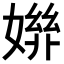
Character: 𡠒